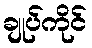
ချုပ်ကိုင်